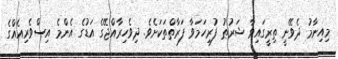
މިއިނާމު ދެވޭނީ ތިރީގައިވާ ޝަރުޠު ފުރިހަމަވާ ފަރާތްތަކަށެވެ. ދިވެހިރާއްޖޭގެ އަޑުގެ އެންމެ އިސްވެރިއެއްގެ